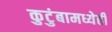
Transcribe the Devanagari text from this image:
कुटुंबामध्येही